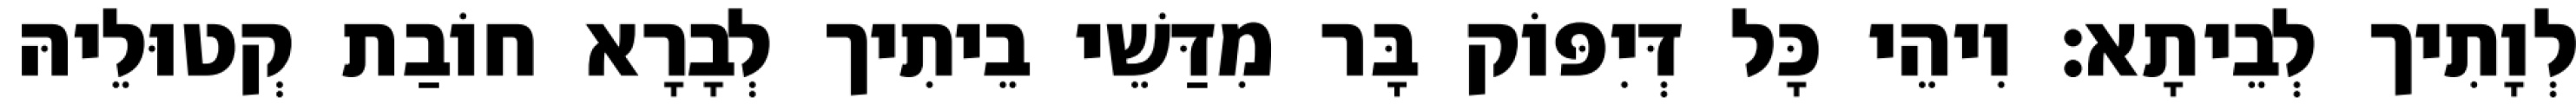
לְוָתִיך לְבֵיתָא׃ וִיהֵי כָּל דְּיִפּוֹק בָּר מִדַּשֵׁי בֵיתִיך לְבָרָא חוֹבַת קְטוּלֵיהּ